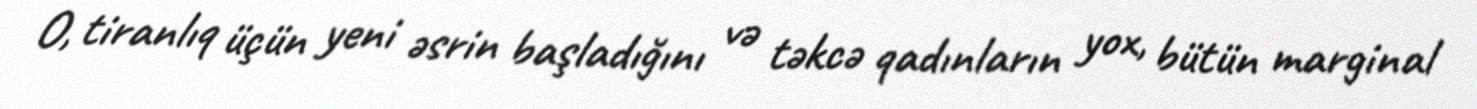
O, tiranlıq üçün yeni əsrin başladığını və təkcə qadınların yox, bütün marginal